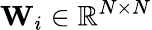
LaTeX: {\mathbf W}_{i}\in\mathbb{R}^{N\times N}